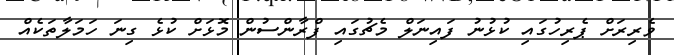
ވެރިރަށް ޕެރިހުގައި ކުޅުނު ފައިނަލް މެޗުގައި ފްރާންސުން މޮޅަށް ކުޅެ ގިނަ ހަމަލާތަކެއް